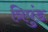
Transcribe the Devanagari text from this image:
त्रिपुंड